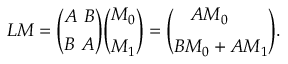
L M = { \binom { A \ B } { B \ A } } { \binom { M _ { 0 } } { M _ { 1 } } } = { \binom { A M _ { 0 } \ \quad } { B M _ { 0 } + A M _ { 1 } } } .